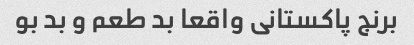
برنج پاکستانی واقعا بد طعم و بد بو